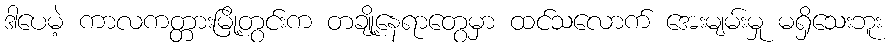
ဒါပေမဲ့ ကာလကတ္တားမြို့တွင်းက တချို့နေရာတွေမှာ ထင်သလောက် အေးမျမ်းမှု မရှိသေးဘူး